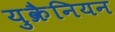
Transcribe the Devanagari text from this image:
युक्रैनियन